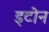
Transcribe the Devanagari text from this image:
इटोन